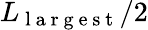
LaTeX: L_{\mathrm{~l~a~r~g~e~s~t~}}/2